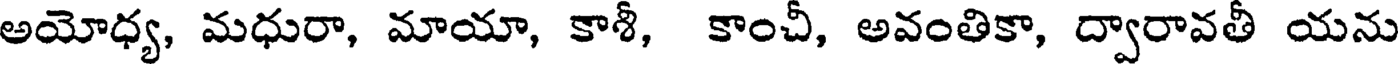
అయోధ్య, మధురా, మాయా, కాశీ, కాంచీ, అవంతికా, ద్వారావతీ యను